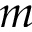
m